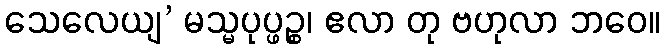
သေလေယျ’ မသ္မပုပ္ဖဉ္စ၊ ဧလာ တု ဗဟုလာ ဘဝေ။